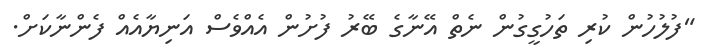
"ފުލުހުން ކުރި ތަހުގީގުން ނެތް އޭނާގެ ބޭރު ފުށުން އެއްވެސް އަނިޔާއެއް ފެންނާކަށް.